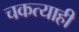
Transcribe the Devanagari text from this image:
चकत्याही